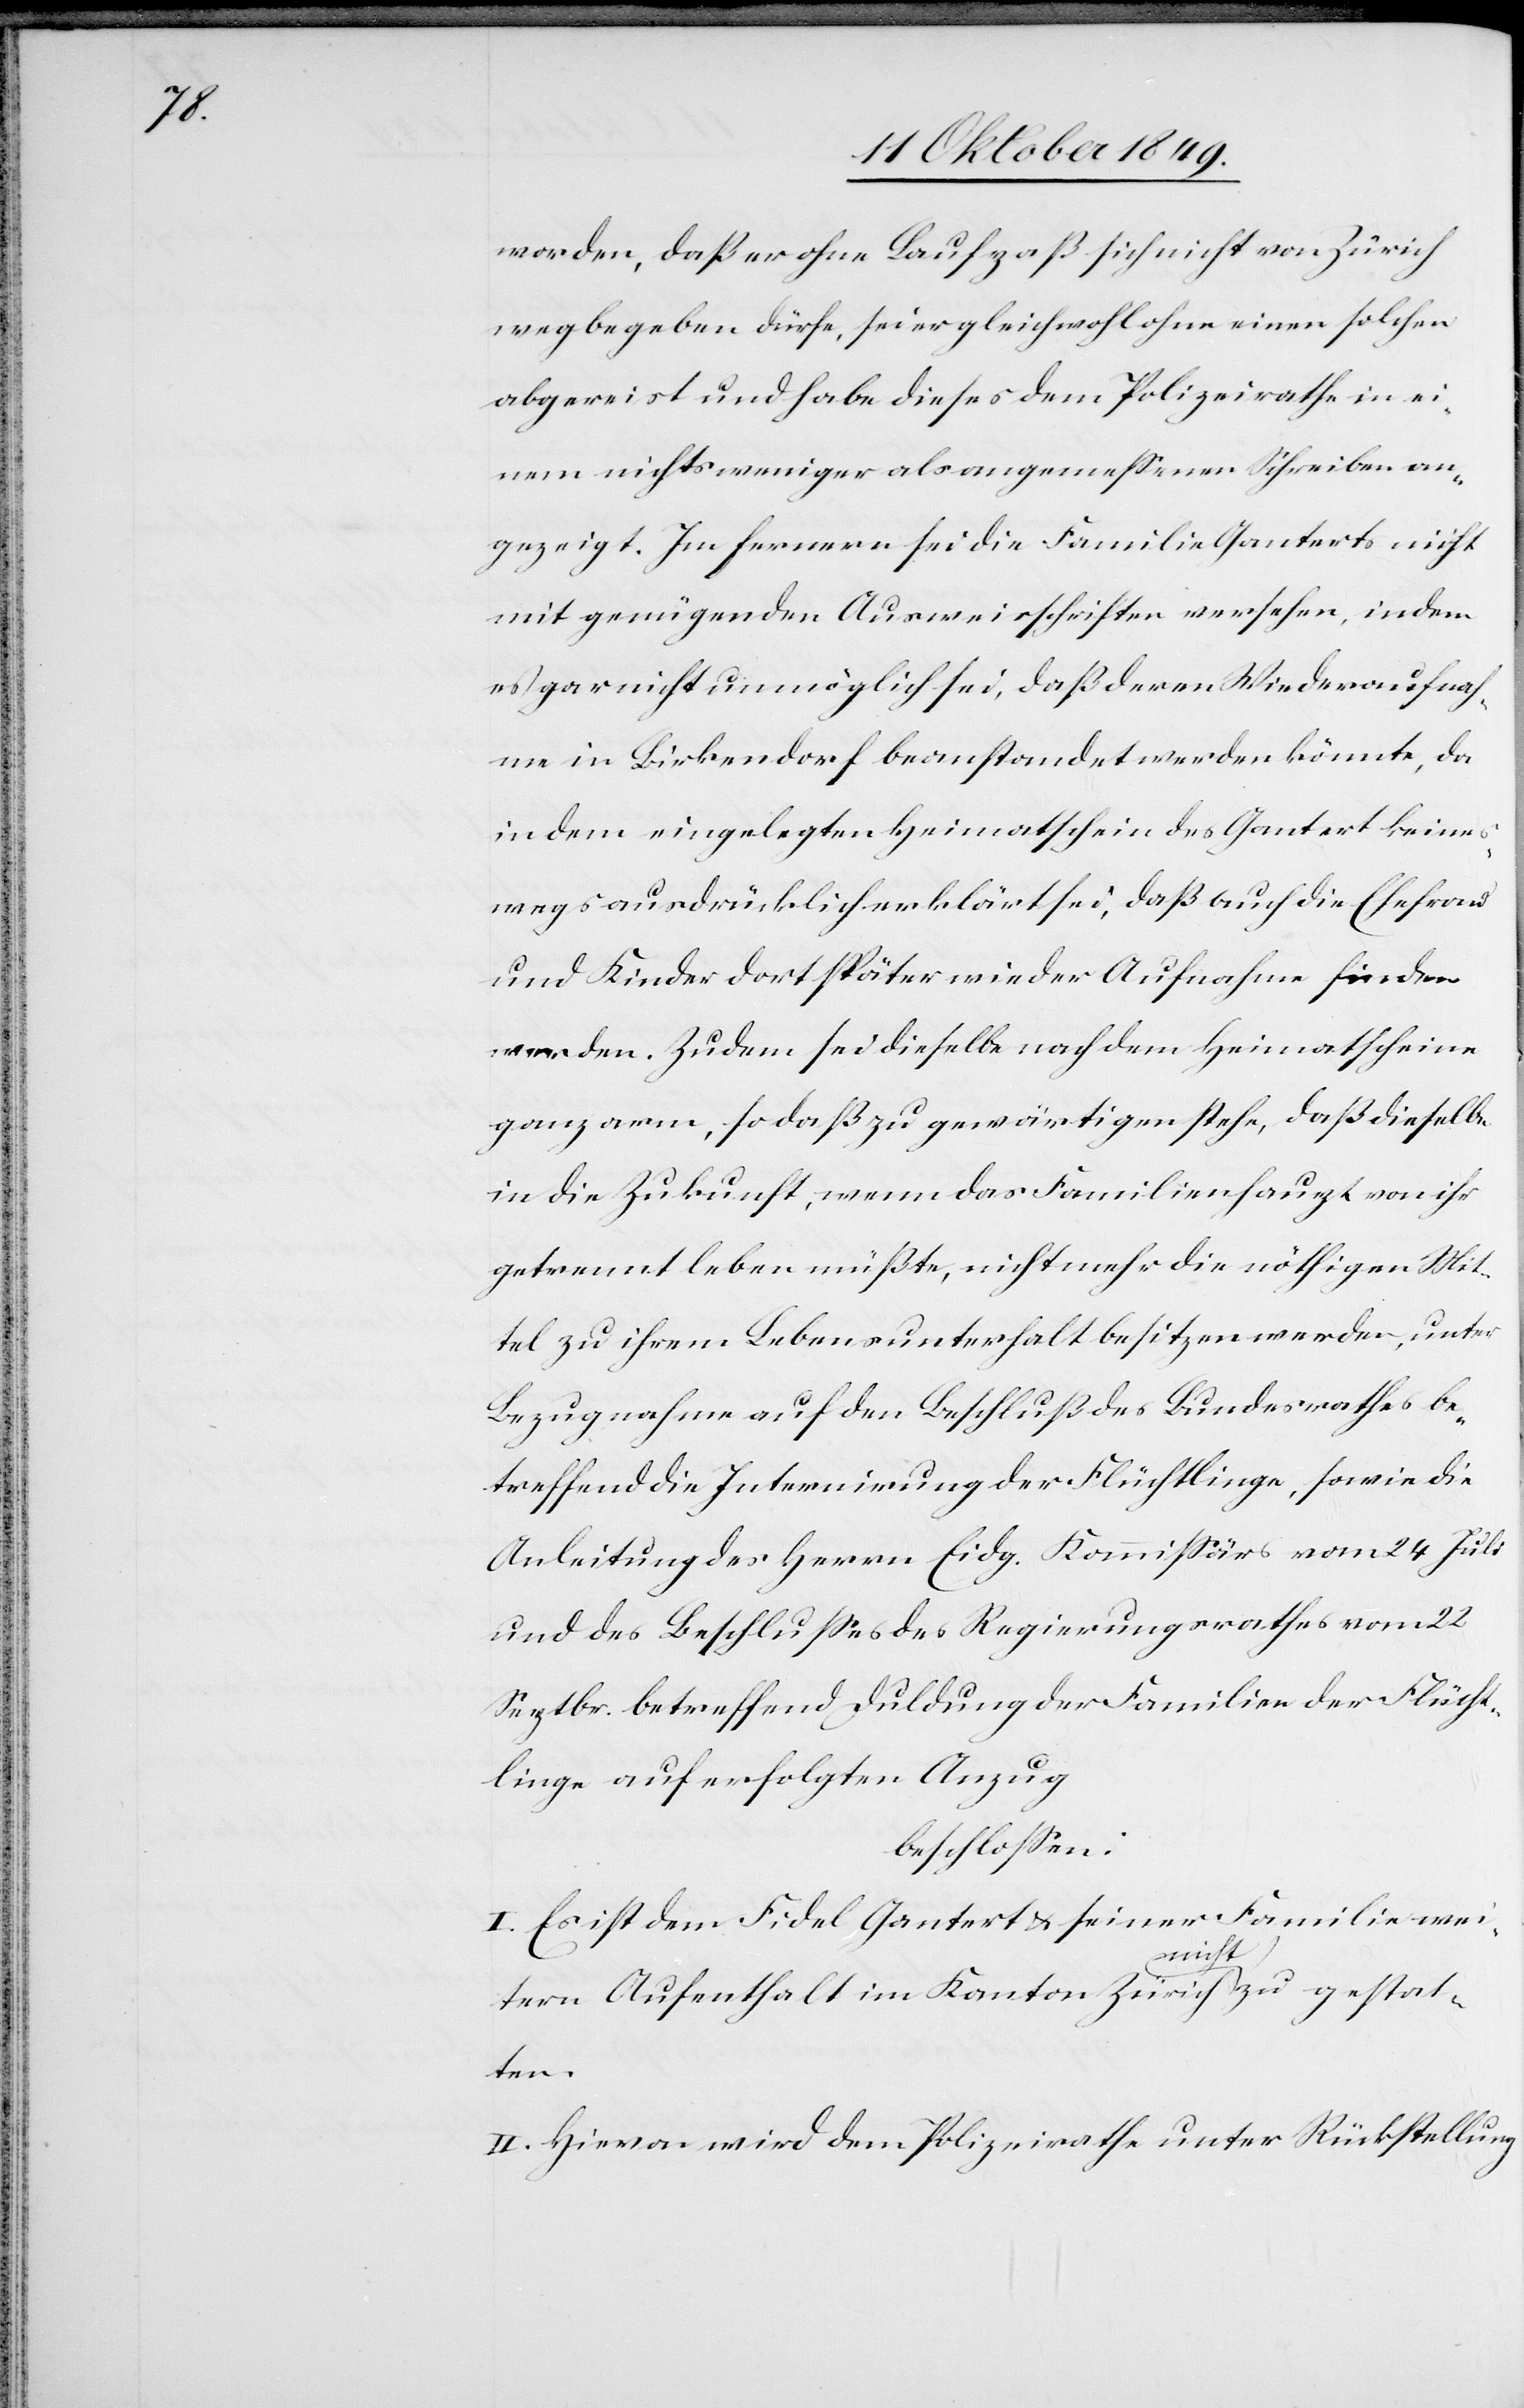
worden, daß er ohne Laufpaß sich nicht von Zürich
wegbegeben dürfe, sei er gleichwohl ohne einen solchen
abgereist und habe dieses dem Polizeirathe in ei¬
nem nichts weniger als angemeßenen Schreiben an¬
gezeigt. Im fernern sei die Familie Ganterts nicht
mit genügenden Ausweisschriften versehen, indem
es gar nicht unmöglich sei, daß deren Wiederaufnah¬
me in Birkendorf beanstandet werden könnte, da
in dem eingelegten Heimatschein des Gantert keines¬
wegs ausdrücklich erklärt sei, daß auch die Ehefrau
und Kinder dort später wieder Aufnahme finden
werden. Zudem sei dieselbe nach dem Heimatscheine
ganz arm, so daß zu gewärtigen stehe, daß dieselbe
in die Zukunft, wenn das Familienhaupt von ihr
getrennt leben müßte, nicht mehr die nöthigen Mit¬
tel zu ihrem Lebensunterhalt besitzen werden
Bezugnahme auf den Beschluß des Bundesrathes be¬
treffend die Internirung der Flüchtlinge, sowie die
Anleitung des Herrn Eidg. Kommißärs vom 24 Juli
und des Beschlußes des Regierungsrathes vom 22
Septbr. betreffend Duldung der Familien der Flücht¬
linge auf erfolgten Anzug
beschloßen:
I. Es ist dem Fidel Gantert u. seiner Familie wei¬
tern Aufenthalt im Kanton Zürich nicht zu gestat¬
ten.
II. Hievon wird dem Polizeirathe unter Rückstellung